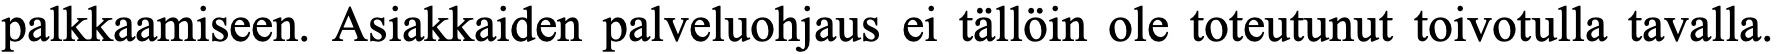
palkkaamiseen. Asiakkaiden palveluohjaus ei tällöin ole toteutunut toivotulla tavalla.